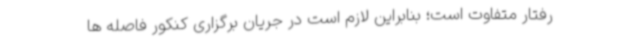
رفتار متفاوت است؛ بنابراین لازم است در جریان برگزاری کنکور فاصله ها